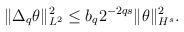
LaTeX: \begin{align*}\|\Delta_q\theta\|_{L^2}^2\leq b_q2^{-2qs}\|\theta\|_{H^s}^2.\end{align*}